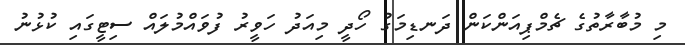
މި މުބާރާތުގެ ޗެމްޕިއަންކަން ދަނޑިމަގު ހޯދީ މިއަދު ހަވީރު ފުވައްމުލައް ސިޓީގައި ކުޅުނު